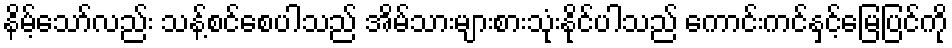
နိမ့်သော်လည်း သန့်စင်စေပါသည် အိမ်သားများစားသုံးနိုင်ပါသည် ကောင်းကင်နှင့်မြေပြင်ကို